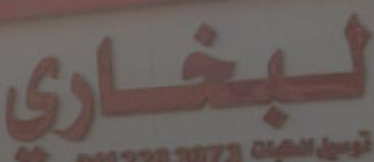
البخاري